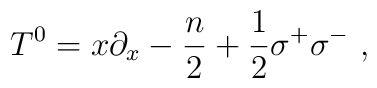
T^0 = x \partial_x - {n \over 2} +{1 \over 2} \sigma^+\sigma^-\  ,